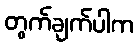
တွက်ချက်ပါက